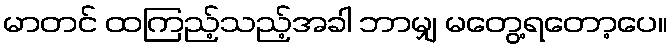
မာတင် ထကြည့်သည့်အခါ ဘာမျှ မတွေ့ရတော့ပေ။